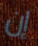
إن